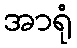
အာရုံ